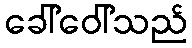
ခေါ်ဝေါ်သည်